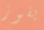
يفوز